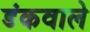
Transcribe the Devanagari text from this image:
डंकवाले